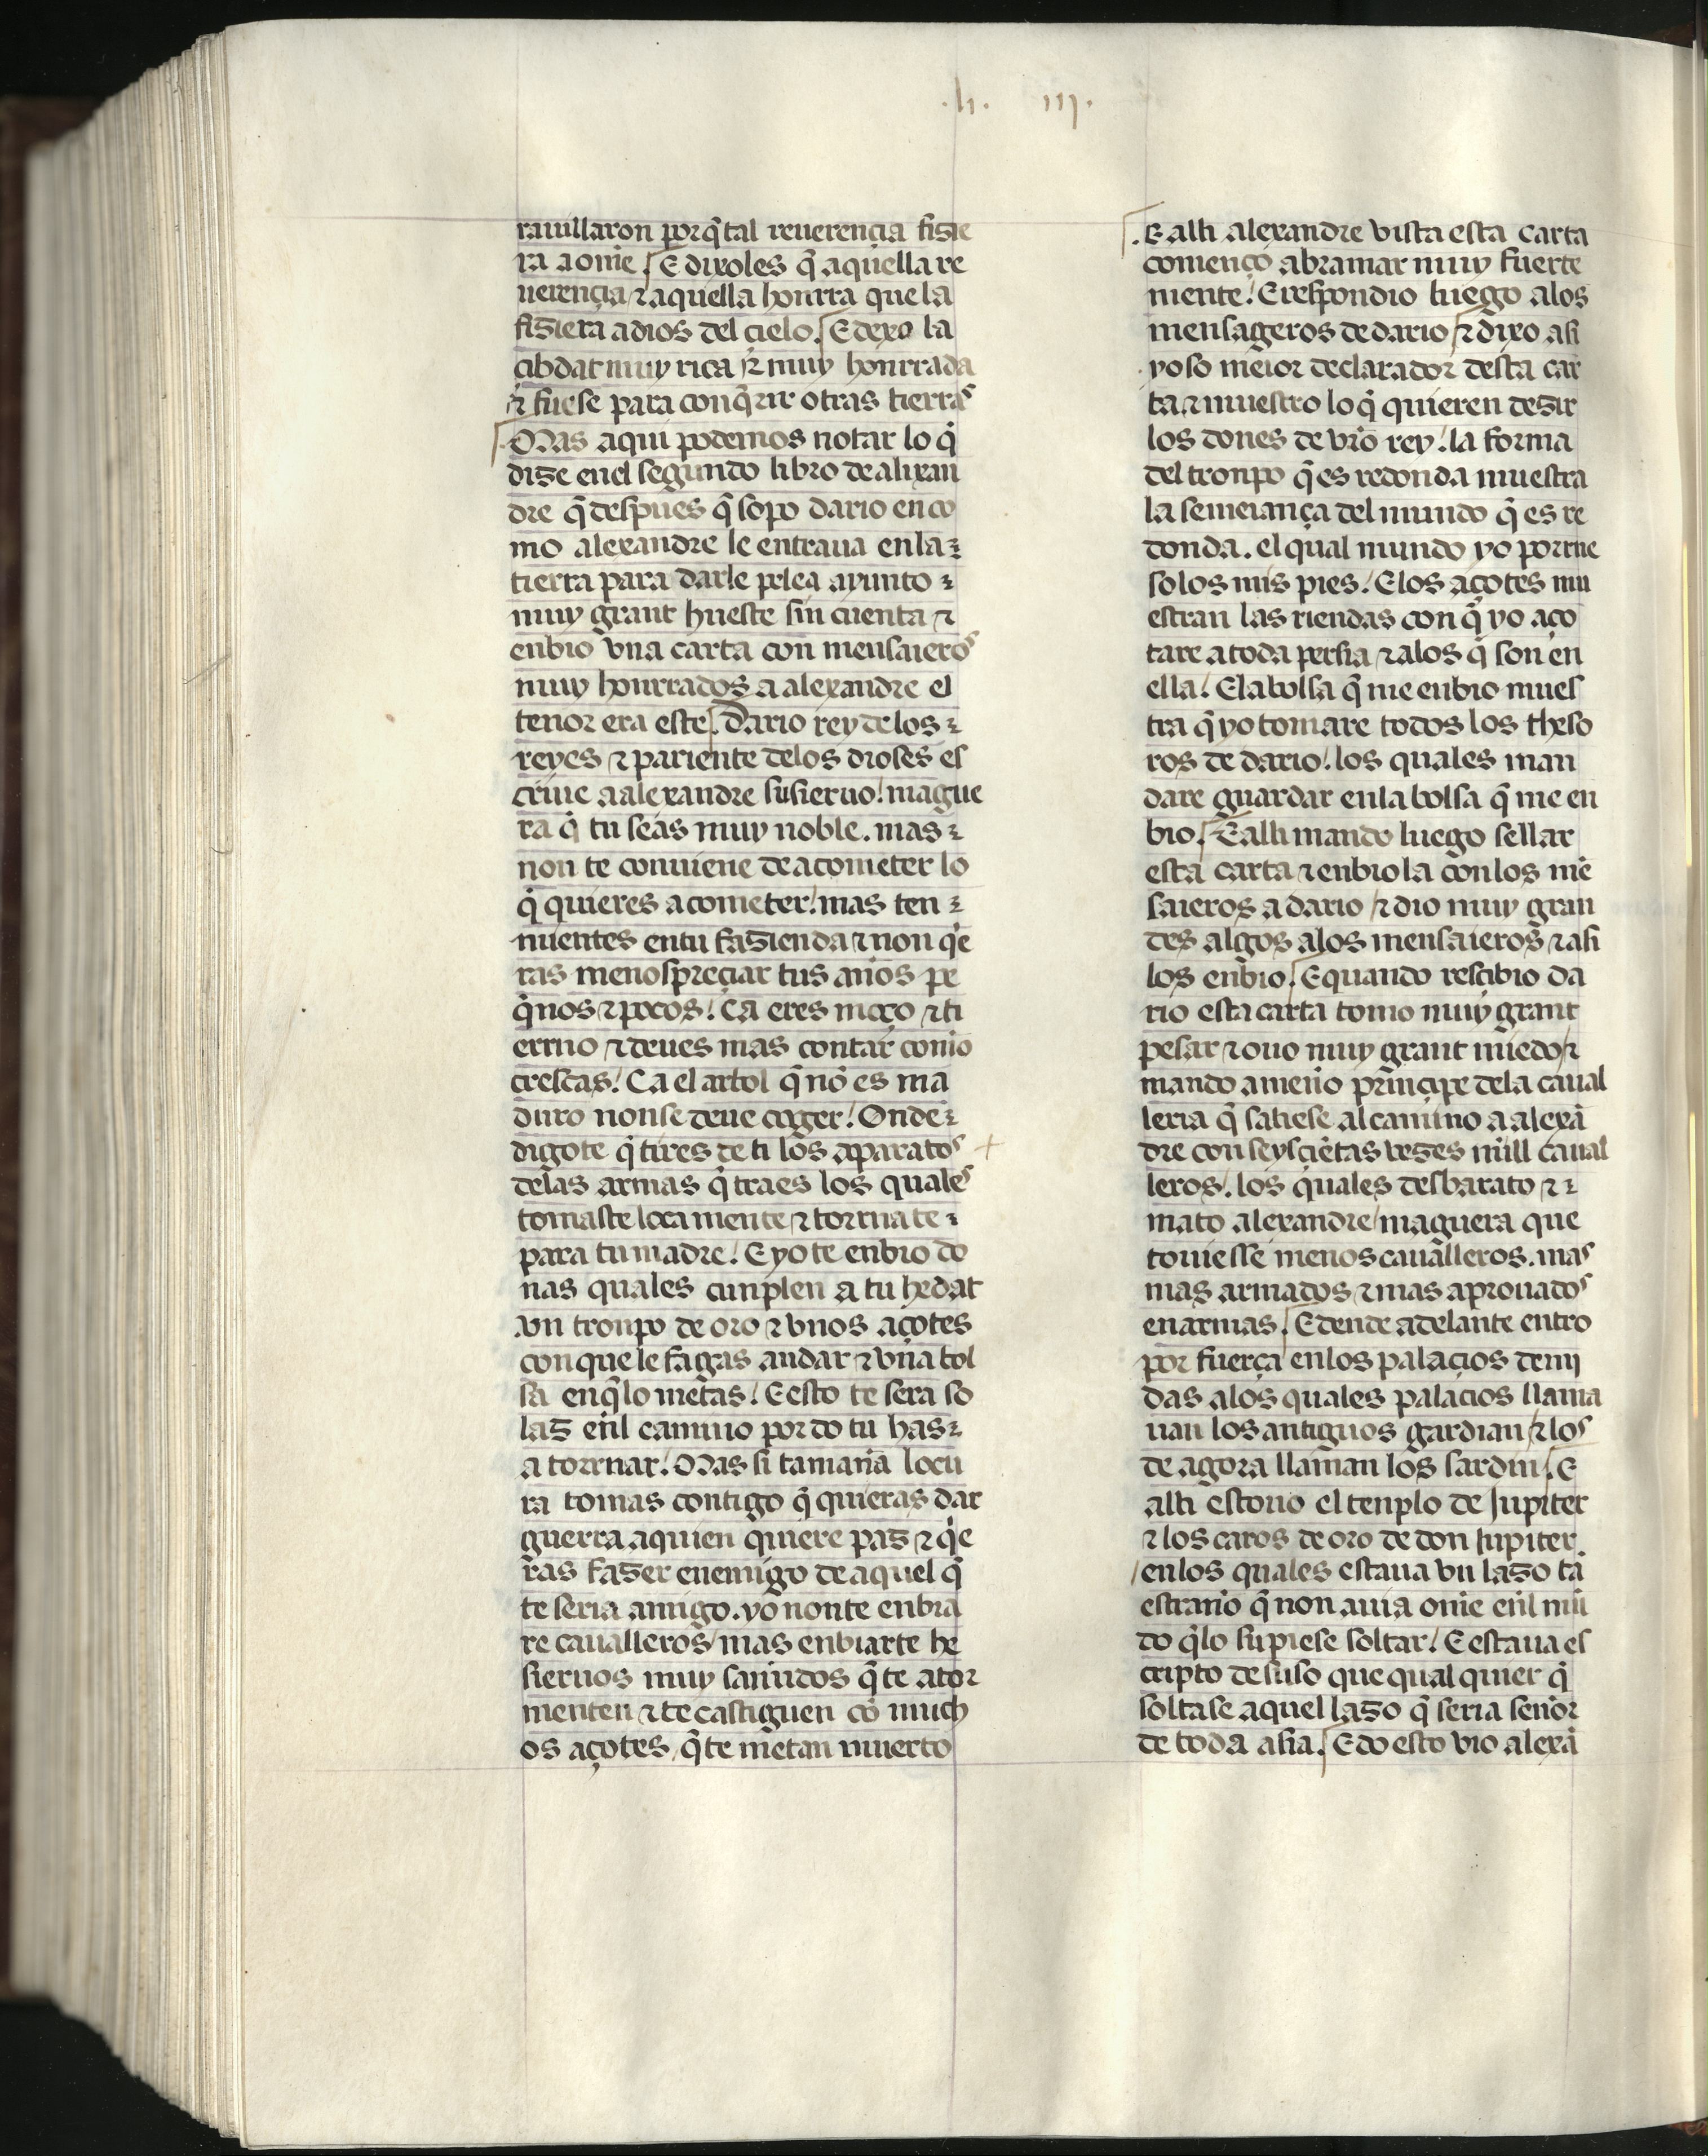
Shelfmark: Madrid, Fundación Lázaro Galdiano, mss 289
Century: 15